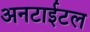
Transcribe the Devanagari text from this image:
अनटाईटल